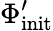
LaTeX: \Phi_{\mathrm{init}}^{\prime}